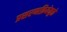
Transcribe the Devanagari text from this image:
प्रसरणक्रियेमुळे